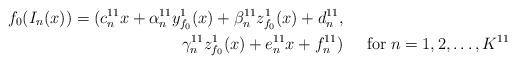
LaTeX: \begin{align*}f_{0}(I_{n}(x))= (c_{n}^{11}x + \alpha_{n}^{11}y_{f_{0}}^{1}(x)+ \beta_{n}^{11}z_{f_{0}}^{1}(x)+ d_{n}^{11}, &&\\\gamma_{n}^{11}z_{f_{0}}^{1}(x)+ e_{n}^{11}x+ f_{n}^{11}) && \; \mathrm{for} \; n=1, 2, \ldots, K^{11}\end{align*}